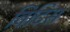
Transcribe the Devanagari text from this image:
विटिस